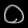
Digit: ၀